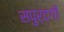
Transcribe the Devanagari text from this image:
सपुर्दगी